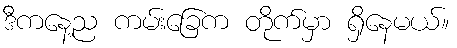
ဒီကနေ့ည ကမ်းခြေက တိုက်မှာ ရှိနေမယ်။